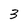
Character: 3